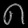
Digit: ၈